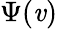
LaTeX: \Psi(\mathit{v})